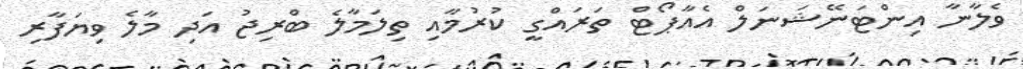
ވެލާނާ އިންޓަނޭޝަނަލް އެއާޕޯޓް ތަރައްގީ ކުރުމާއި ތިލަމާލެ ބްރިޖު އަދި މާލެ ވިޔަފާރި